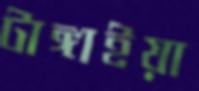
টাঙ্গাইয়া